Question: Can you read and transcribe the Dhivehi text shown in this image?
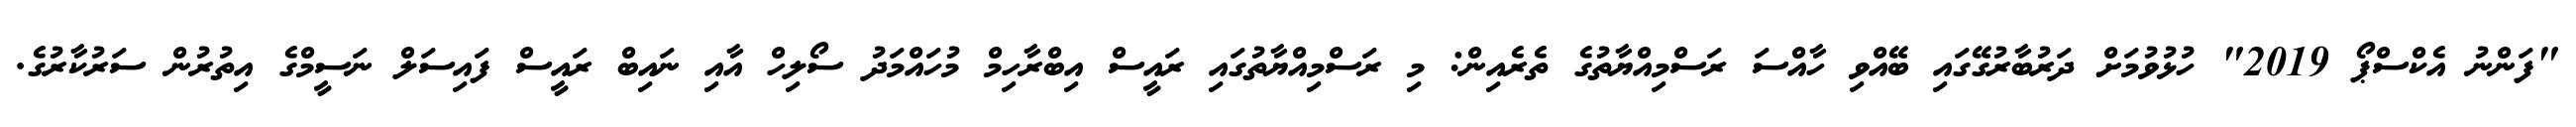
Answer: "ފަންނު އެކްސްޕޯ 2019" ހުޅުވުމަށް ދަރުބާރުގޭގައި ބޭއްވި ހާއްސަ ރަސްމިއްޔާތުގެ ތެރެއިން: މި ރަސްމިއްޔާތުގައި ރައީސް އިބްރާހިމް މުހައްމަދު ސޯލިހް އާއި ނައިބް ރައީސް ފައިސަލް ނަސީމްގެ އިތުރުން ސަރުކާރުގެ.